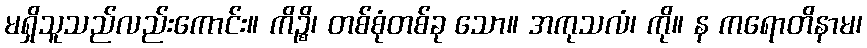
မရှိသူသည်လည်းကောင်း။ ကိဉ္စိ၊ တစ်စုံတစ်ခု သော။ အကုသလံ၊ ကို။ န ကရောတိနာမ၊